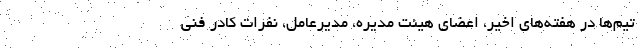
تیم‌ها در هفته‌های اخیر، اعضای هیئت مدیره، مدیرعامل، نفرات کادر فنی